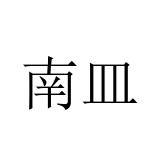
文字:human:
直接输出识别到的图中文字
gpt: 南皿